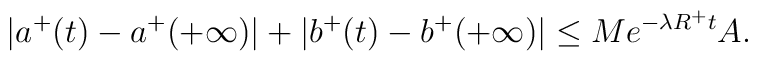
|a^+(t)-a^+(+\infty)|+|b^+(t)-b^+(+\infty)| \leq Me^{-\lambda R^+t}A.